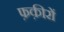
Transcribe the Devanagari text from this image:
फ़क़ीरों